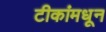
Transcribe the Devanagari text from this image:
टीकांमधून